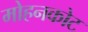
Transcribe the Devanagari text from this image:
मोहनकोट